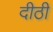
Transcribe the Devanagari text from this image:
दीठी